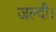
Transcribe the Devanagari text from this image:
जल्दी।